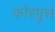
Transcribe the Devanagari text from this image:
कोरपुस